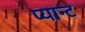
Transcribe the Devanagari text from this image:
प्यान्ट